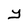
Character: y